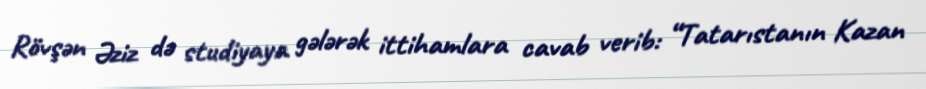
Rövşən Əziz də studiyaya gələrək ittihamlara cavab verib: “Tatarıstanın Kazan